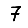
Digit: 7